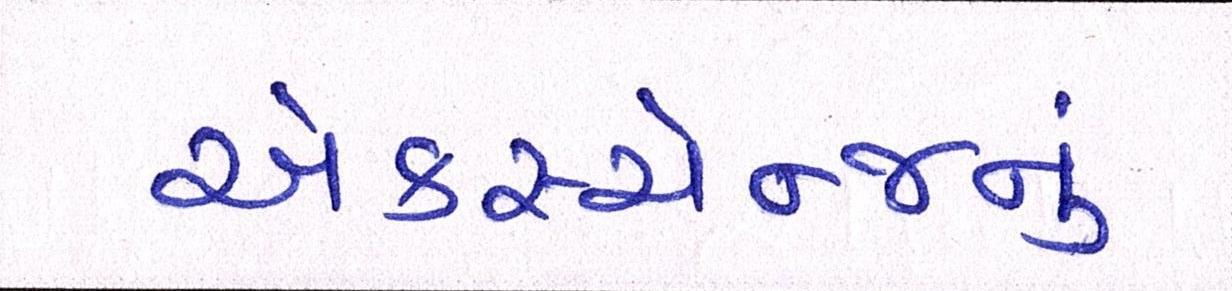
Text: એક્સ્ચેન્જનું